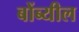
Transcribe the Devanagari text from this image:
बोंब्यील